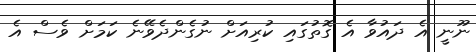
ނޫނީ އެ ދައުވާ އެ ގޮތުގައި ކުރިއަށް ނުގެންދެވޭނެ ކަމަށް ވެސް އެ